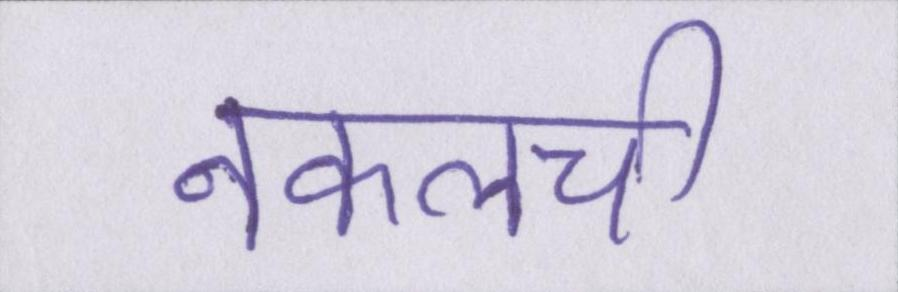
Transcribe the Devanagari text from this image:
नकलची